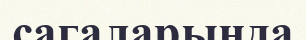
сагаларында